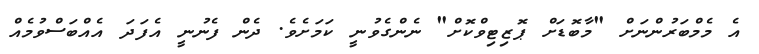
އެ މެމްބަރުންނަށް "މާބޮޑަށް ޕޮޒިޓިވްކޮށް" ނެންގެވުނީ ކަމަށެވެ. ދެން ފެނުނީ އެފަދަ އެއްބަސްވުމެއް